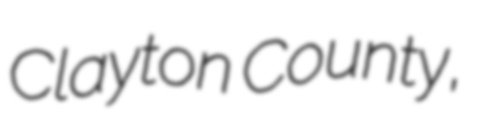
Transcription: Clayton County,